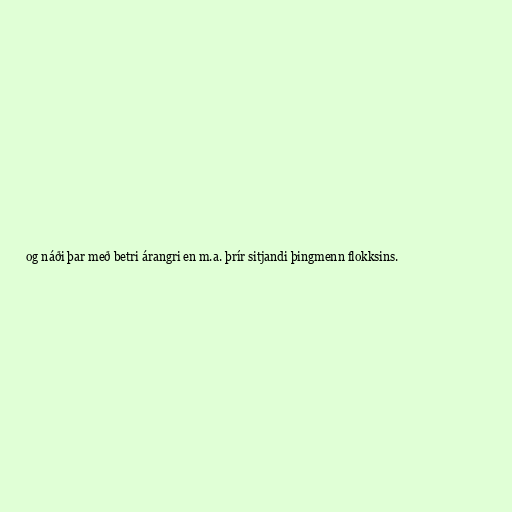
og náði þar með betri árangri en m.a. þrír sitjandi þingmenn flokksins.